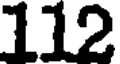
112